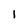
Character: 1